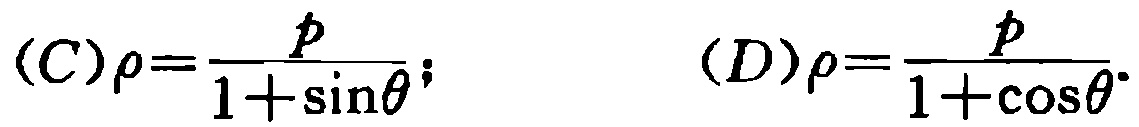
\[(C)\rho=\frac{p}{1+\sin\theta};\quad (D)\rho=\frac{p}{1+\cos\theta}.\]